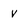
Character: V